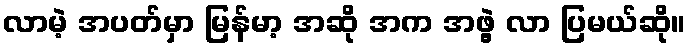
လာမဲ့ အပတ်မှာ မြန်မာ့ အဆို အက အဖွဲ့ လာ ပြမယ်ဆို။